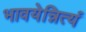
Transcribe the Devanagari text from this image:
भावयेन्नित्यं